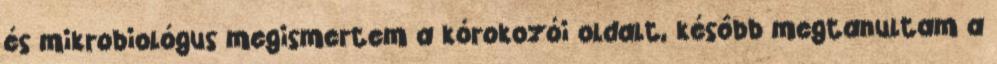
és mikrobiológus megismertem a kórokozói oldalt, késôbb megtanultam a